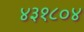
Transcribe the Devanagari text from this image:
४३१८०४